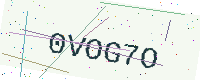
Text: 0VOG7O